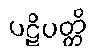
ပဋိပတ္တိ